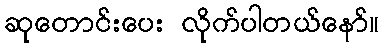
ဆုတောင်းပေး လိုက်ပါတယ်နော်။